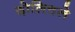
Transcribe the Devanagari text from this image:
दोलित्तले